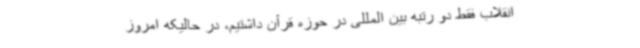
انقلاب فقط دو رتبه بین المللی در حوزه قرآن داشتیم، در حالیکه امروز